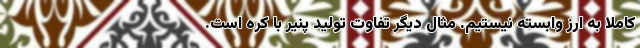
کاملا به ارز وابسته نیستیم. مثال دیگر تفاوت تولید پنیر با کره است.